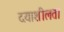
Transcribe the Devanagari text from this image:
दयाशीलता